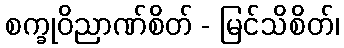
စက္ခုဝိညာဏ်စိတ် - မြင်သိစိတ်၊